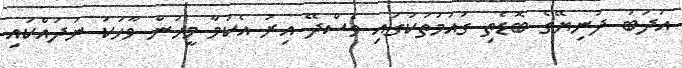
އަދަބު ދުނިޔޭގެ ބޮޑެތި ގައުމުތަކުގައި ވެސްދޭ އިރު އެކަމާ މީހުން ވާހަކަ ނުދައްކައި